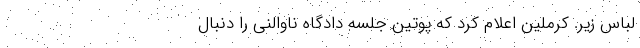
لباس زیر. کرملین اعلام کرد که پوتین جلسه دادگاه ناوالنی را دنبال